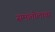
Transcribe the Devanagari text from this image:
समातोलावर